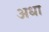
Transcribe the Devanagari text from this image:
अधा